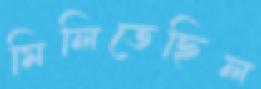
মিলিতেছিল